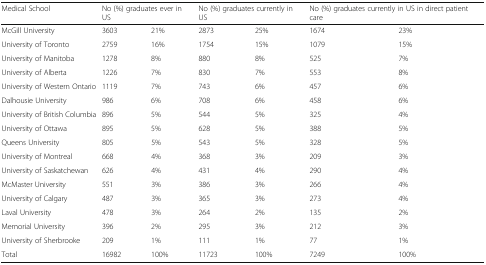
<table><thead><tr><td><b>Medical School</b></td><td colspan="2"><b>No (%) graduates ever in US</b></td><td colspan="2"><b>No (%) graduates currently in US</b></td><td colspan="2"><b>No (%) graduates currently in US in direct patient care</b></td></tr></thead><tbody><tr><td>McGill University</td><td>3603</td><td>21%</td><td>2873</td><td>25%</td><td>1674</td><td>23%</td></tr><tr><td>University of Toronto</td><td>2759</td><td>16%</td><td>1754</td><td>15%</td><td>1079</td><td>15%</td></tr><tr><td>University of Manitoba</td><td>1278</td><td>8%</td><td>880</td><td>8%</td><td>525</td><td>7%</td></tr><tr><td>University of Alberta</td><td>1226</td><td>7%</td><td>830</td><td>7%</td><td>553</td><td>8%</td></tr><tr><td>University of Western Ontario</td><td>1119</td><td>7%</td><td>743</td><td>6%</td><td>457</td><td>6%</td></tr><tr><td>Dalhousie University</td><td>986</td><td>6%</td><td>708</td><td>6%</td><td>458</td><td>6%</td></tr><tr><td>University of British Columbia</td><td>896</td><td>5%</td><td>544</td><td>5%</td><td>325</td><td>4%</td></tr><tr><td>University of Ottawa</td><td>895</td><td>5%</td><td>628</td><td>5%</td><td>388</td><td>5%</td></tr><tr><td>Queens University</td><td>805</td><td>5%</td><td>543</td><td>5%</td><td>328</td><td>5%</td></tr><tr><td>University of Montreal</td><td>668</td><td>4%</td><td>368</td><td>3%</td><td>209</td><td>3%</td></tr><tr><td>University of Saskatchewan</td><td>626</td><td>4%</td><td>431</td><td>4%</td><td>290</td><td>4%</td></tr><tr><td>McMaster University</td><td>551</td><td>3%</td><td>386</td><td>3%</td><td>266</td><td>4%</td></tr><tr><td>University of Calgary</td><td>487</td><td>3%</td><td>365</td><td>3%</td><td>273</td><td>4%</td></tr><tr><td>Laval University</td><td>478</td><td>3%</td><td>264</td><td>2%</td><td>135</td><td>2%</td></tr><tr><td>Memorial University</td><td>396</td><td>2%</td><td>295</td><td>3%</td><td>212</td><td>3%</td></tr><tr><td>University of Sherbrooke</td><td>209</td><td>1%</td><td>111</td><td>1%</td><td>77</td><td>1%</td></tr><tr><td>Total</td><td>16982</td><td>100%</td><td>11723</td><td>100%</td><td>7249</td><td>100%</td></tr></tbody></table>